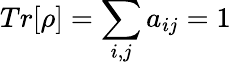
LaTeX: Tr[\rho]=\sum_{i,j}a_{ij}=1